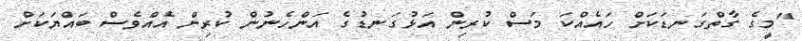
"މީގެ ގާތްގަނޑަކަށް ހައެއްކަ މަސް ކުރިން އަޅުގަނޑުގެ އަންހެނުން ކުރިން އެއްވެސް ބައްޔަކަށް